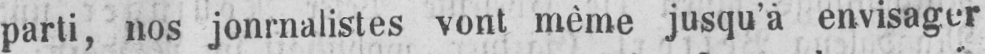
parti, nos jonrnalistes vont mème jusqu’a envisager